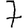
Digit: 7